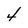
Character: 4